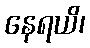
နေရယိ၊